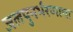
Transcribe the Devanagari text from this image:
जलपुनर्भरणाचा